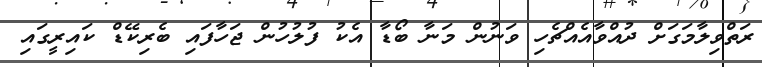
ރަތްވިލާމަގަށް ދުއްވާއެއްޗެހި ވަނުން މަނާ ބޯޑާ އެކު ފުލުހުން ޖަހާފައި ބެރިކޭޑް ކައިރީގައި